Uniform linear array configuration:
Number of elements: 48
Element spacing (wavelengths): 0.75
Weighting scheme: kaiser
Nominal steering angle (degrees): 30
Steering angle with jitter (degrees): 31.983
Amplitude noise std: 0.05
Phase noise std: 0.05

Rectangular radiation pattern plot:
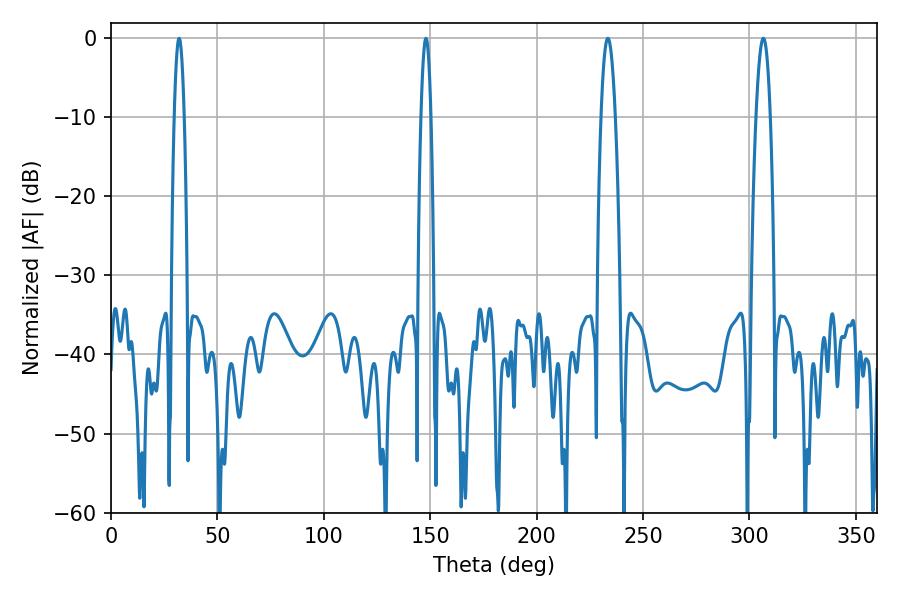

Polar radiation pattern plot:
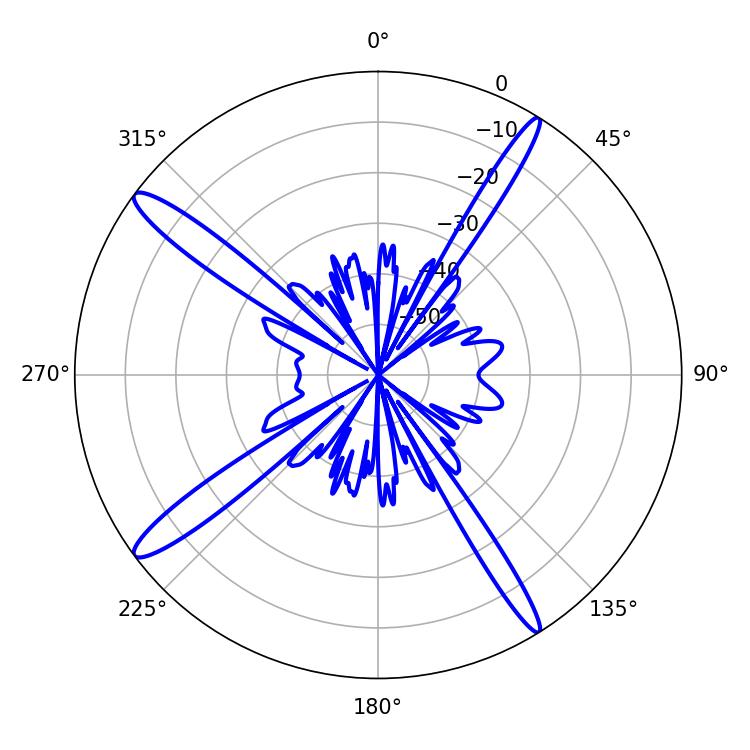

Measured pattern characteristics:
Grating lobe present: TRUE
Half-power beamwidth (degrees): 3.6
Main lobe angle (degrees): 233.46